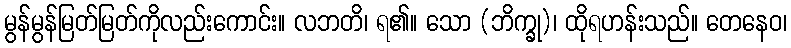
မွန်မွန်မြတ်မြတ်ကိုလည်းကောင်း။ လဘတိ၊ ရ၏။ သော (ဘိက္ခု)၊ ထိုရဟန်းသည်။ တေနေဝ၊